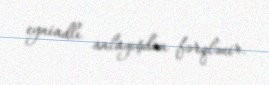
eyniadlı anlayışdan fərqlənir.